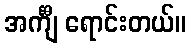
အင်္ကျီ ရောင်းတယ်။